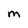
Character: M